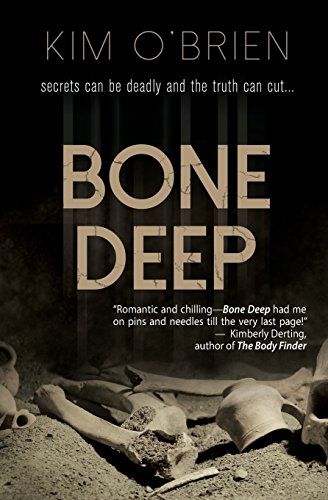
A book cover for Bone Deep; Kim O'Brien; Teen & Young Adult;